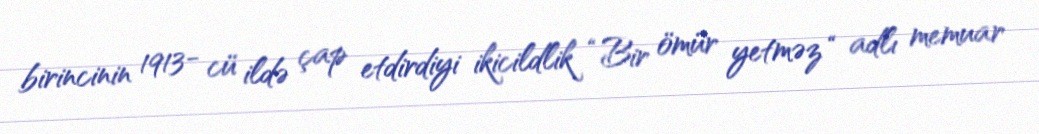
birincinin 1913- cü ildə çap etdirdiyi ikicildlik “Bir ömür yetməz “ adlı memuar